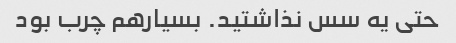
حتی یه سس نذاشتید. بسیارهم چرب بود